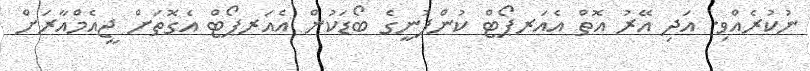
ނުކުރެއްވި. އަދި އޭރު އޮތް އެއަރޕޯޓް ކުންފުނީގެ ބޯޑަކުން އެއަރޕޯޓް އެގޮތަށް ޖީއެމްއާރަށް